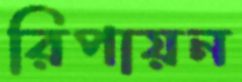
রিপায়ন